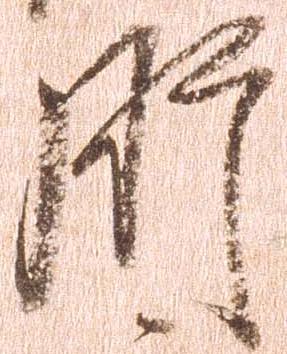
肝